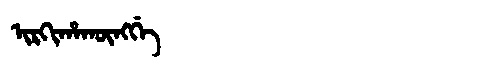
Manchu: ᡳᡵᡴᡳᡥᠠᡴᡡᠩᡤᡝ
Romanization: IRKIHAKŪNGGE